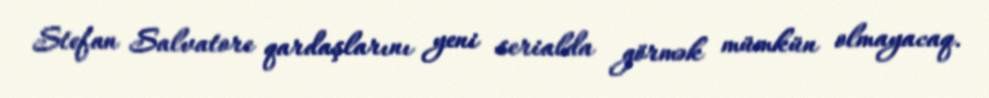
Stefan Salvatore qardaşlarını yeni serialda görmək mümkün olmayacaq.